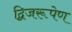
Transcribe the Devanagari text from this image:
द्विजरूपेण